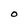
Character: O